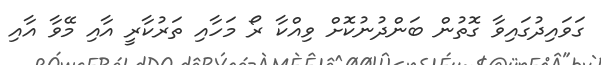
ގަވައިދުގައިވާ ގޮތުން ބަންދުނުކޮށް ވިއްކާ ރޯ މަހާއި ތަރުކާރީ އާއި މޭވާ އާއި